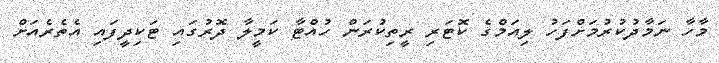
މާހާ ނަމާދުކުރުމަށްފަހު ލިއަމްގެ ކޮޓަރި ރީތިކުރަން ހުއްޓާ ކަމީލާ ދޮރުގައި ޓަކިދީފައި އެތެރެއަށް